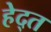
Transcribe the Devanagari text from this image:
हेद्त